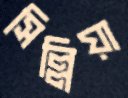
সিল্লিয়া